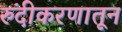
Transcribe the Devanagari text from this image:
रुंदीकरणातून